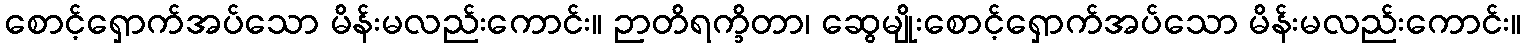
စောင့်ရှောက်အပ်သော မိန်းမလည်းကောင်း။ ဉာတိရက္ခိတာ၊ ဆွေမျိုးစောင့်ရှောက်အပ်သော မိန်းမလည်းကောင်း။